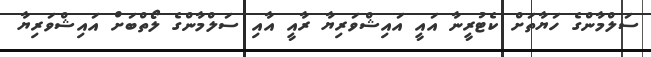
ސަލްމާންގެ ހަޔާތަށް ކެޓުރީނާ އައީ އައިޝްވަރިޔާ ރާއީ އާއި ސަލްމާންގެ ލޯތްބަށް އައިޝްވަރިޔާ